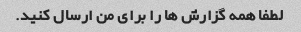
لطفا همه گزارش ها را برای من ارسال کنید.